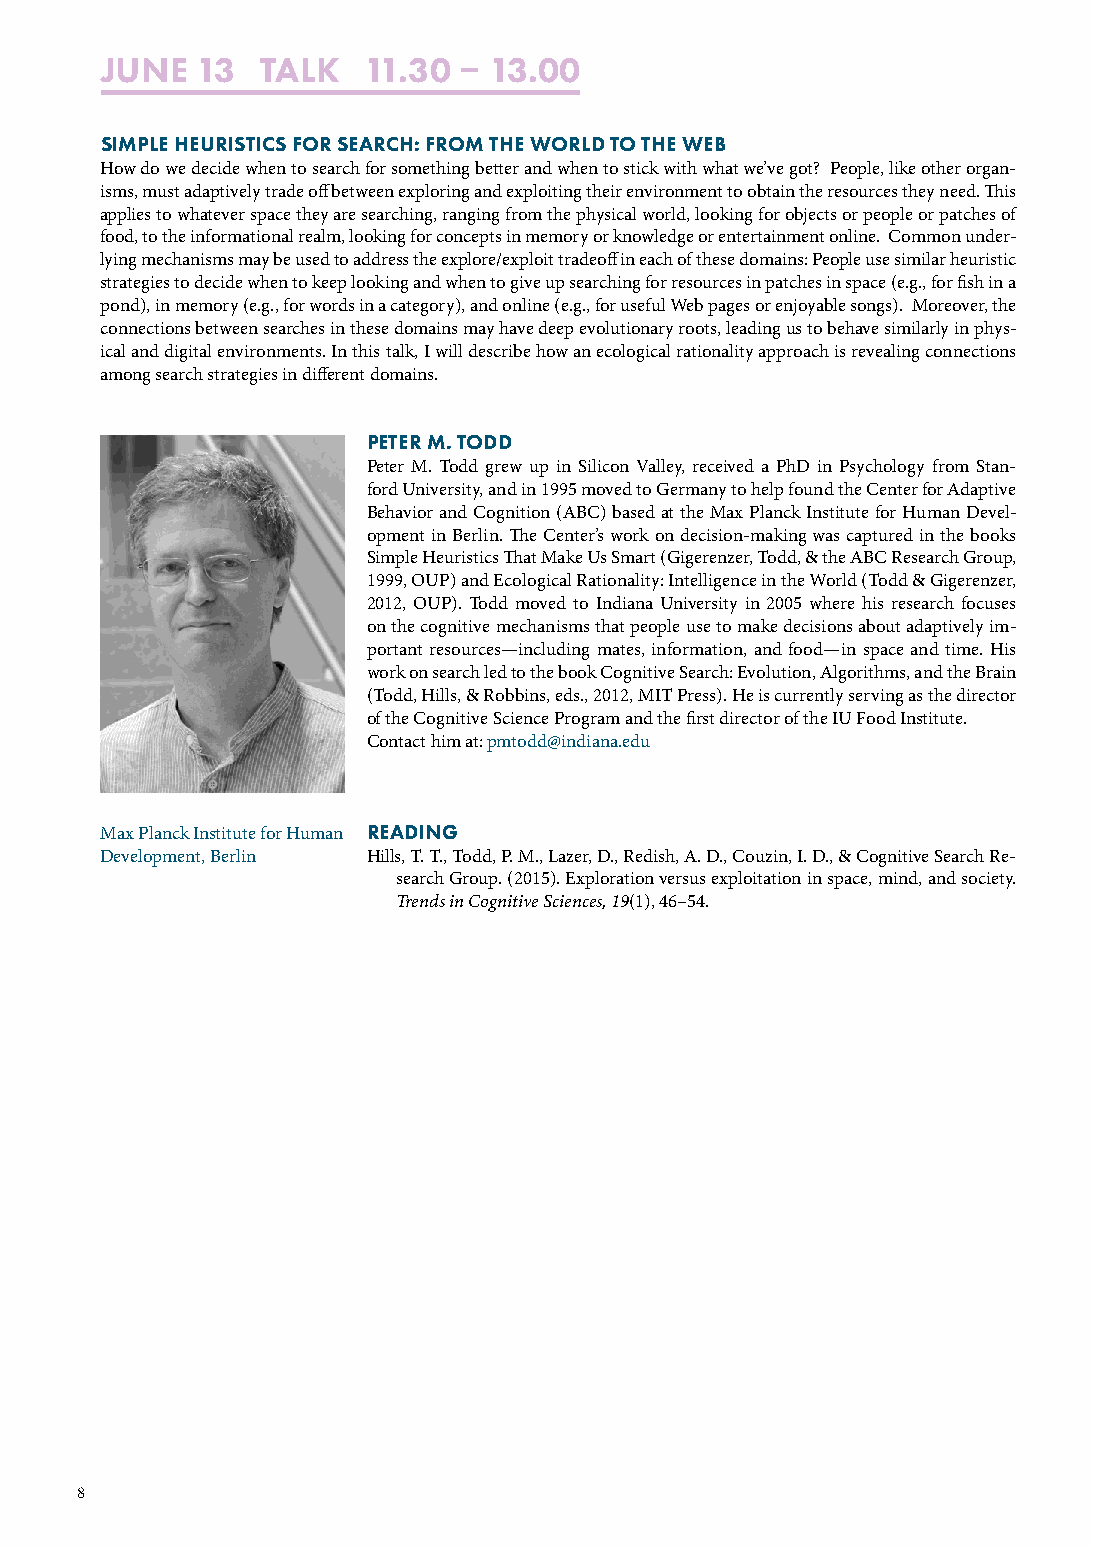
JUNE  13  TALK   11.30  13.00
 SIMPLE HEURISTICS FOR SEARCH: FROM THE WORLD TO THE WEB
 How do we decide when to search for something better and when to stick with what we’ve got? People, like other organ-
 isms, must adaptively trade off between exploring and exploiting their environment to obtain the resources they need. This
 applies to whatever space they are searching, ranging from the physical world, looking for objects or people or patches of
 food, to the informational realm, looking for concepts in memory or knowledge or entertainment online. Common under-
 lying mechanisms may be used to address the explore/exploit tradeoff in each of these domains: People use similar heuristic
 strategies to decide when to keep looking and when to give up searching for resources in patches in space (e.g., for fish in a
 pond), in memory (e.g., for words in a category), and online (e.g., for useful Web pages or enjoyable songs). Moreover, the
 connections between searches in these domains may have deep evolutionary roots, leading us to behave similarly in phys-
 ical and digital environments. In this talk, I will describe how an ecological rationality approach is revealing connections
 among search strategies in different domains.
 PETER M. TODD
 Peter M. Todd grew up in Silicon Valley, received a PhD in Psychology from Stan-
 ford University, and in 1995 moved to Germany to help found the Center for Adaptive
 Behavior and Cognition (ABC) based at the Max Planck Institute for Human Devel-
 opment in Berlin. The Center’s work on decision-making was captured in the books
 Simple Heuristics That Make Us Smart (Gigerenzer, Todd, & the ABC Research Group,
 1999, OUP) and Ecological Rationality: Intelligence in the World (Todd & Gigerenzer,
 2012, OUP). Todd moved to Indiana University in 2005 where his research focuses
 on the cognitive mechanisms that people use to make decisions about adaptively im-
 portant resources—including mates, information, and food—in space and time. His
 work on search led to the book Cognitive Search: Evolution, Algorithms, and the Brain
 (Todd, Hills, & Robbins, eds., 2012, MIT Press). He is currently serving as the director
 of the Cognitive Science Program and the first director of the IU Food Institute.
 Contact him at: pmtodd@indiana.edu
 Max Planck Institute for Human READING
 Development, Berlin Hills, T. T., Todd, P. M., Lazer, D., Redish, A. D., Couzin, I. D., & Cognitive Search Re-
 search Group. (2015). Exploration versus exploitation in space, mind, and society.
 Trends in Cognitive Sciences, 19(1), 46–54.
 8